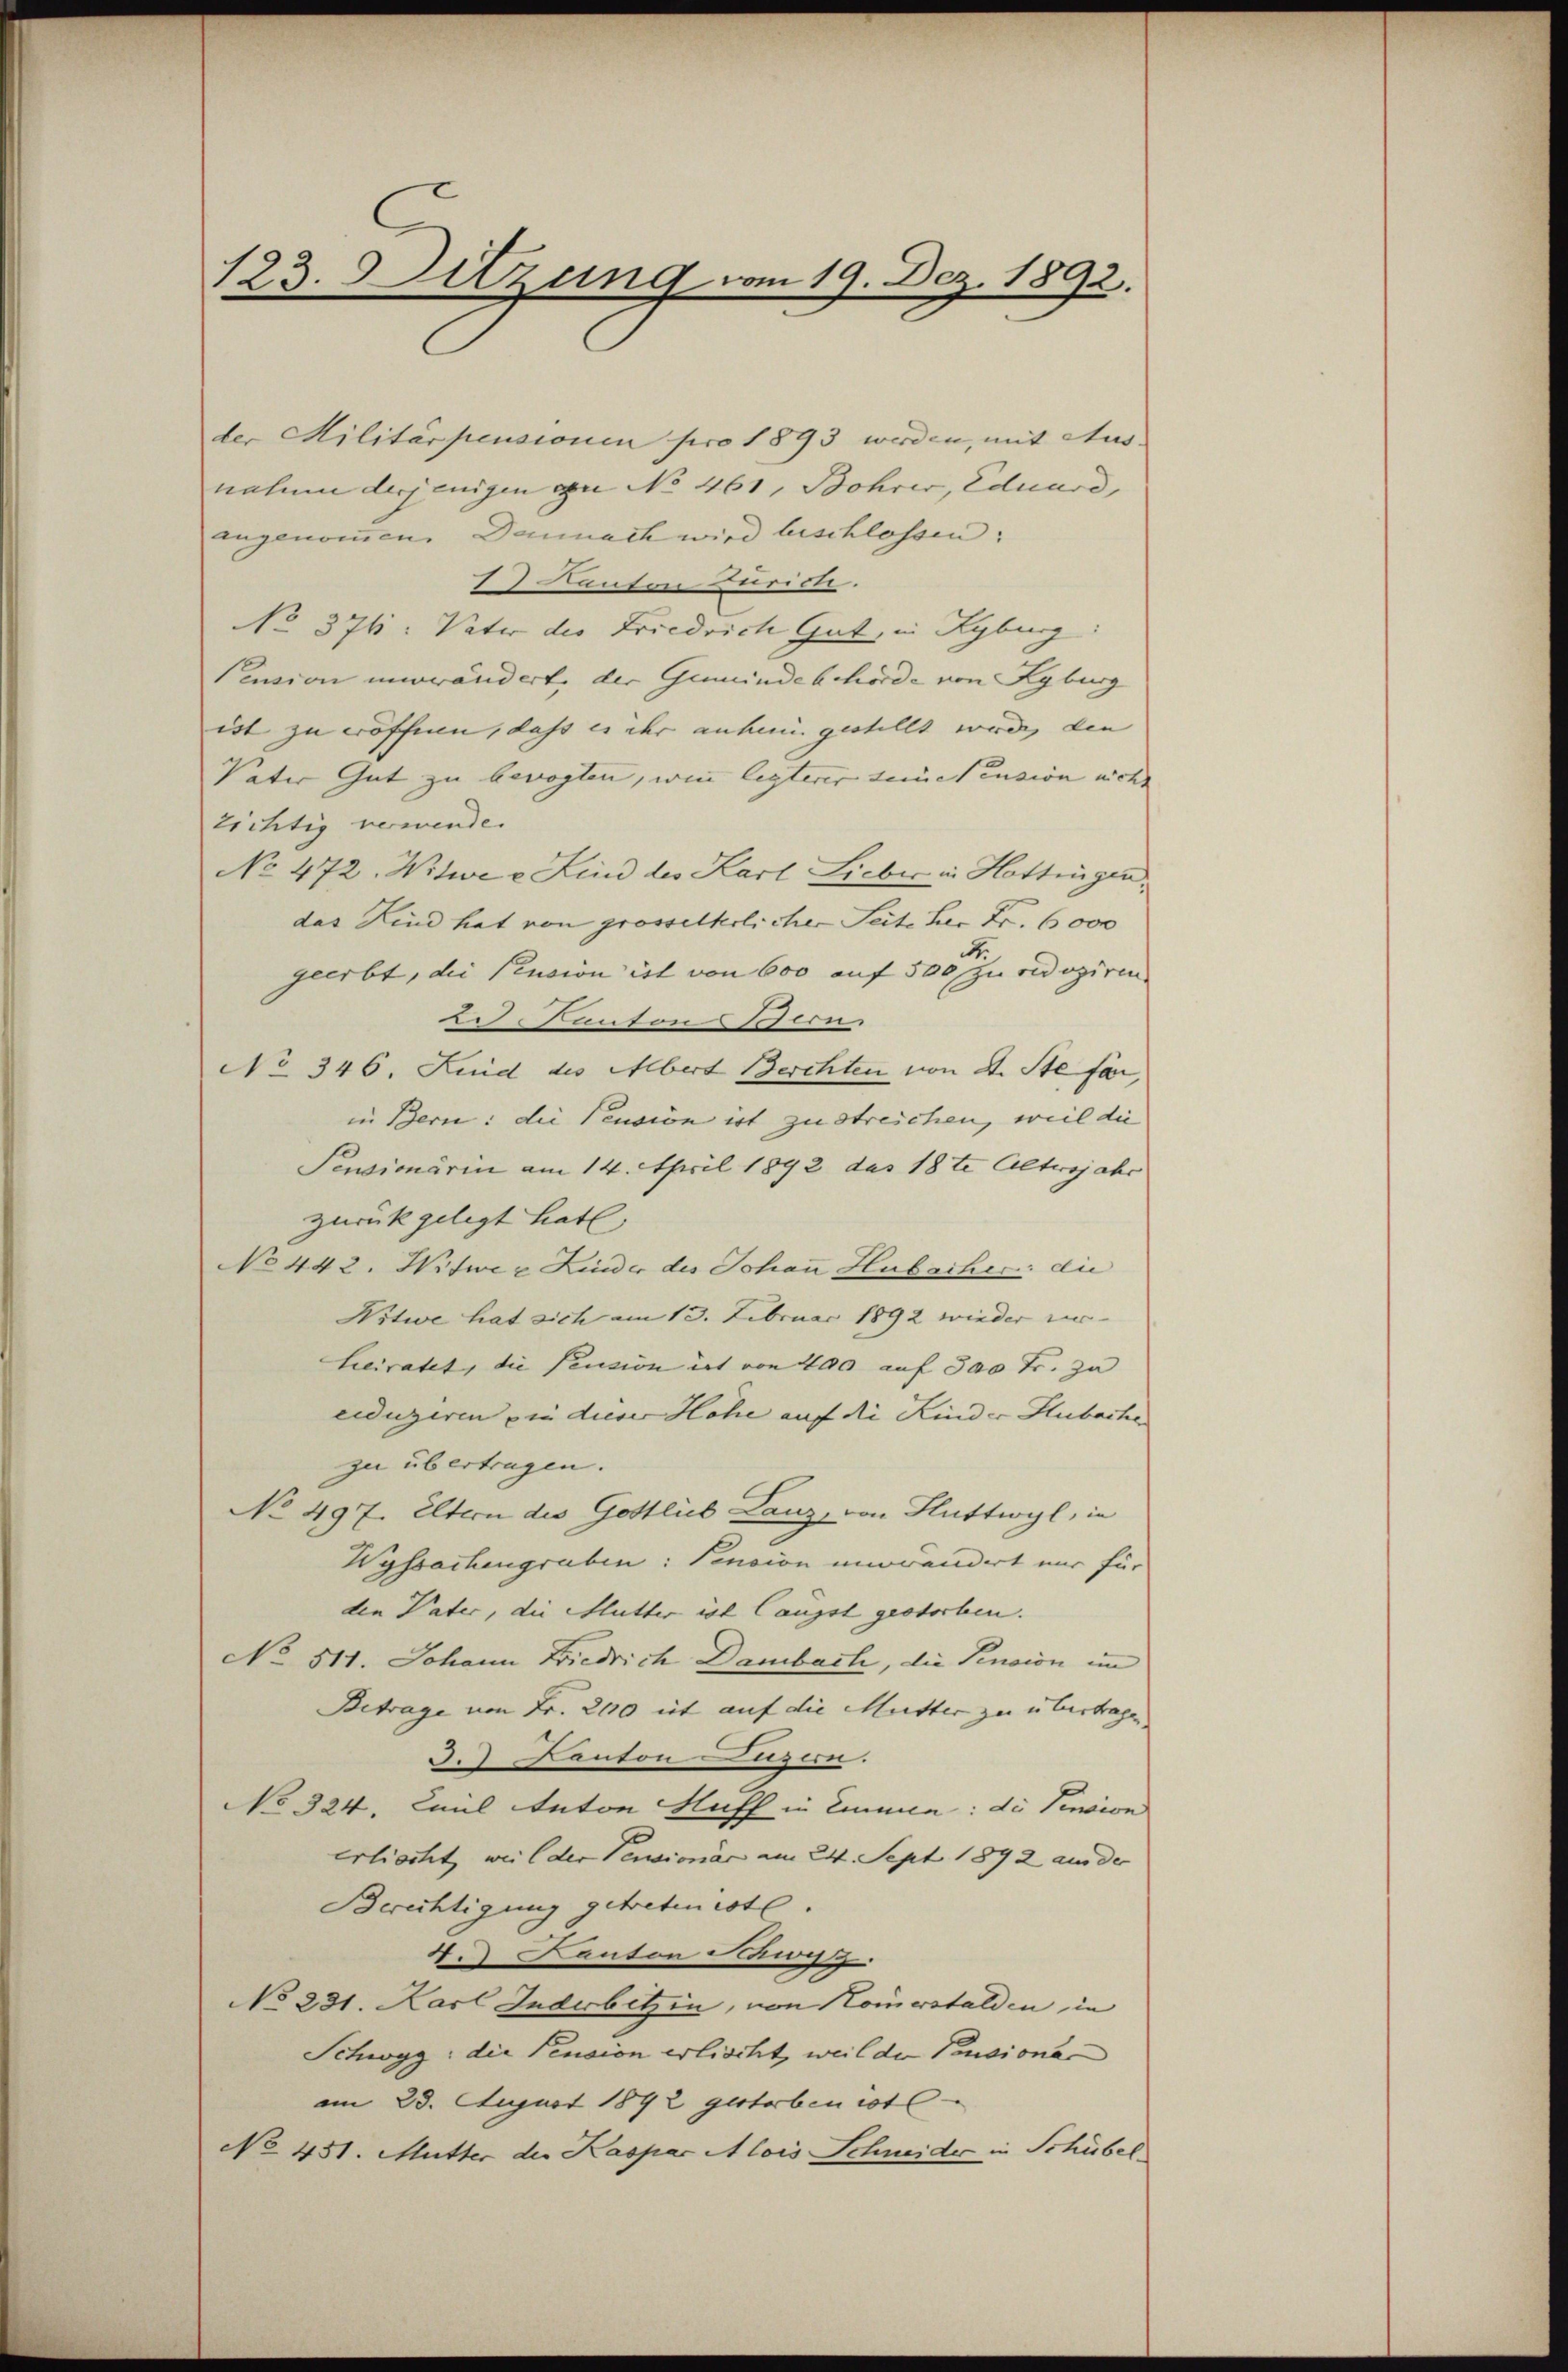
123. Sitzung vom 19. Dez. 1892.

der Militärpensionen pro 1893 werden, mit Aus
nahme derjenigen in No 461, Bohrer, Eduard,
angenommen. Dannach wird beschlossen:
1) Kanton Zürich.
No 376. Vater des Friedrich Gut, in Kyburg:
Pension unerwändert, der Gemeindebehörde von Kyburg
ist zu eröffnen, dass es ihr anhein gestellt würde, den |
Vater Gut zu bevogten, wie legterer seine Pension nicht
zichtig verwende.
No 472. Witwe e Kind des Karl Lieber in Hottingen,
das Kind hat von grosselkolicher Seite her Fr. 6000
geerbt, die Pension ist von 600 auf 500 zu reduziren
des Kanton 187 Con
No 346. Kind des Übert Berchten von d. Stefa
in Bern: die Pension ist zu streichen, weil die
Pensionärin am 14. April 1892 des 18te Altersjahr
zurückgelegt hat.
No 442. Witwer Linder des Johann Hubacher: die
Witwe hat sich am 13. Februar 1892 wieder zer-
Lieiratet, die Pension ist von 400 auf 500 Fr. zu
ciduziren in dieser Höhe auf die Kinder Hubachen
zu übertragen.
No 497. Eltern des Gottlieb Lauz, von Sluttwyl, in
Wyssachengraben: Pension unwandert nur für
den Vater, die Slutter ist langst gestorben. |
No 511. Johann Friedrich Dambach, die Pension im
Betrage von Fr. 200 et auf die Mutter zu übertragen
3. Kanton Luzern.
No 324. Mail Anton Huff in Einne: die Pension
erlischt, weil der Pensionär am 24. Sept 1892 aus der
Berechtigung getreten ist.
4. Canton Schwy
No 231. Karl Anderbetzin, von Komerstalden in
Schwyg: die Pension erlischt, weil der Pensionaam 23. August 1892 gestorben ist
No 451. Mutter die Kaspar Alois Schneider in Schübel